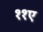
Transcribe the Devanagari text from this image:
११ए